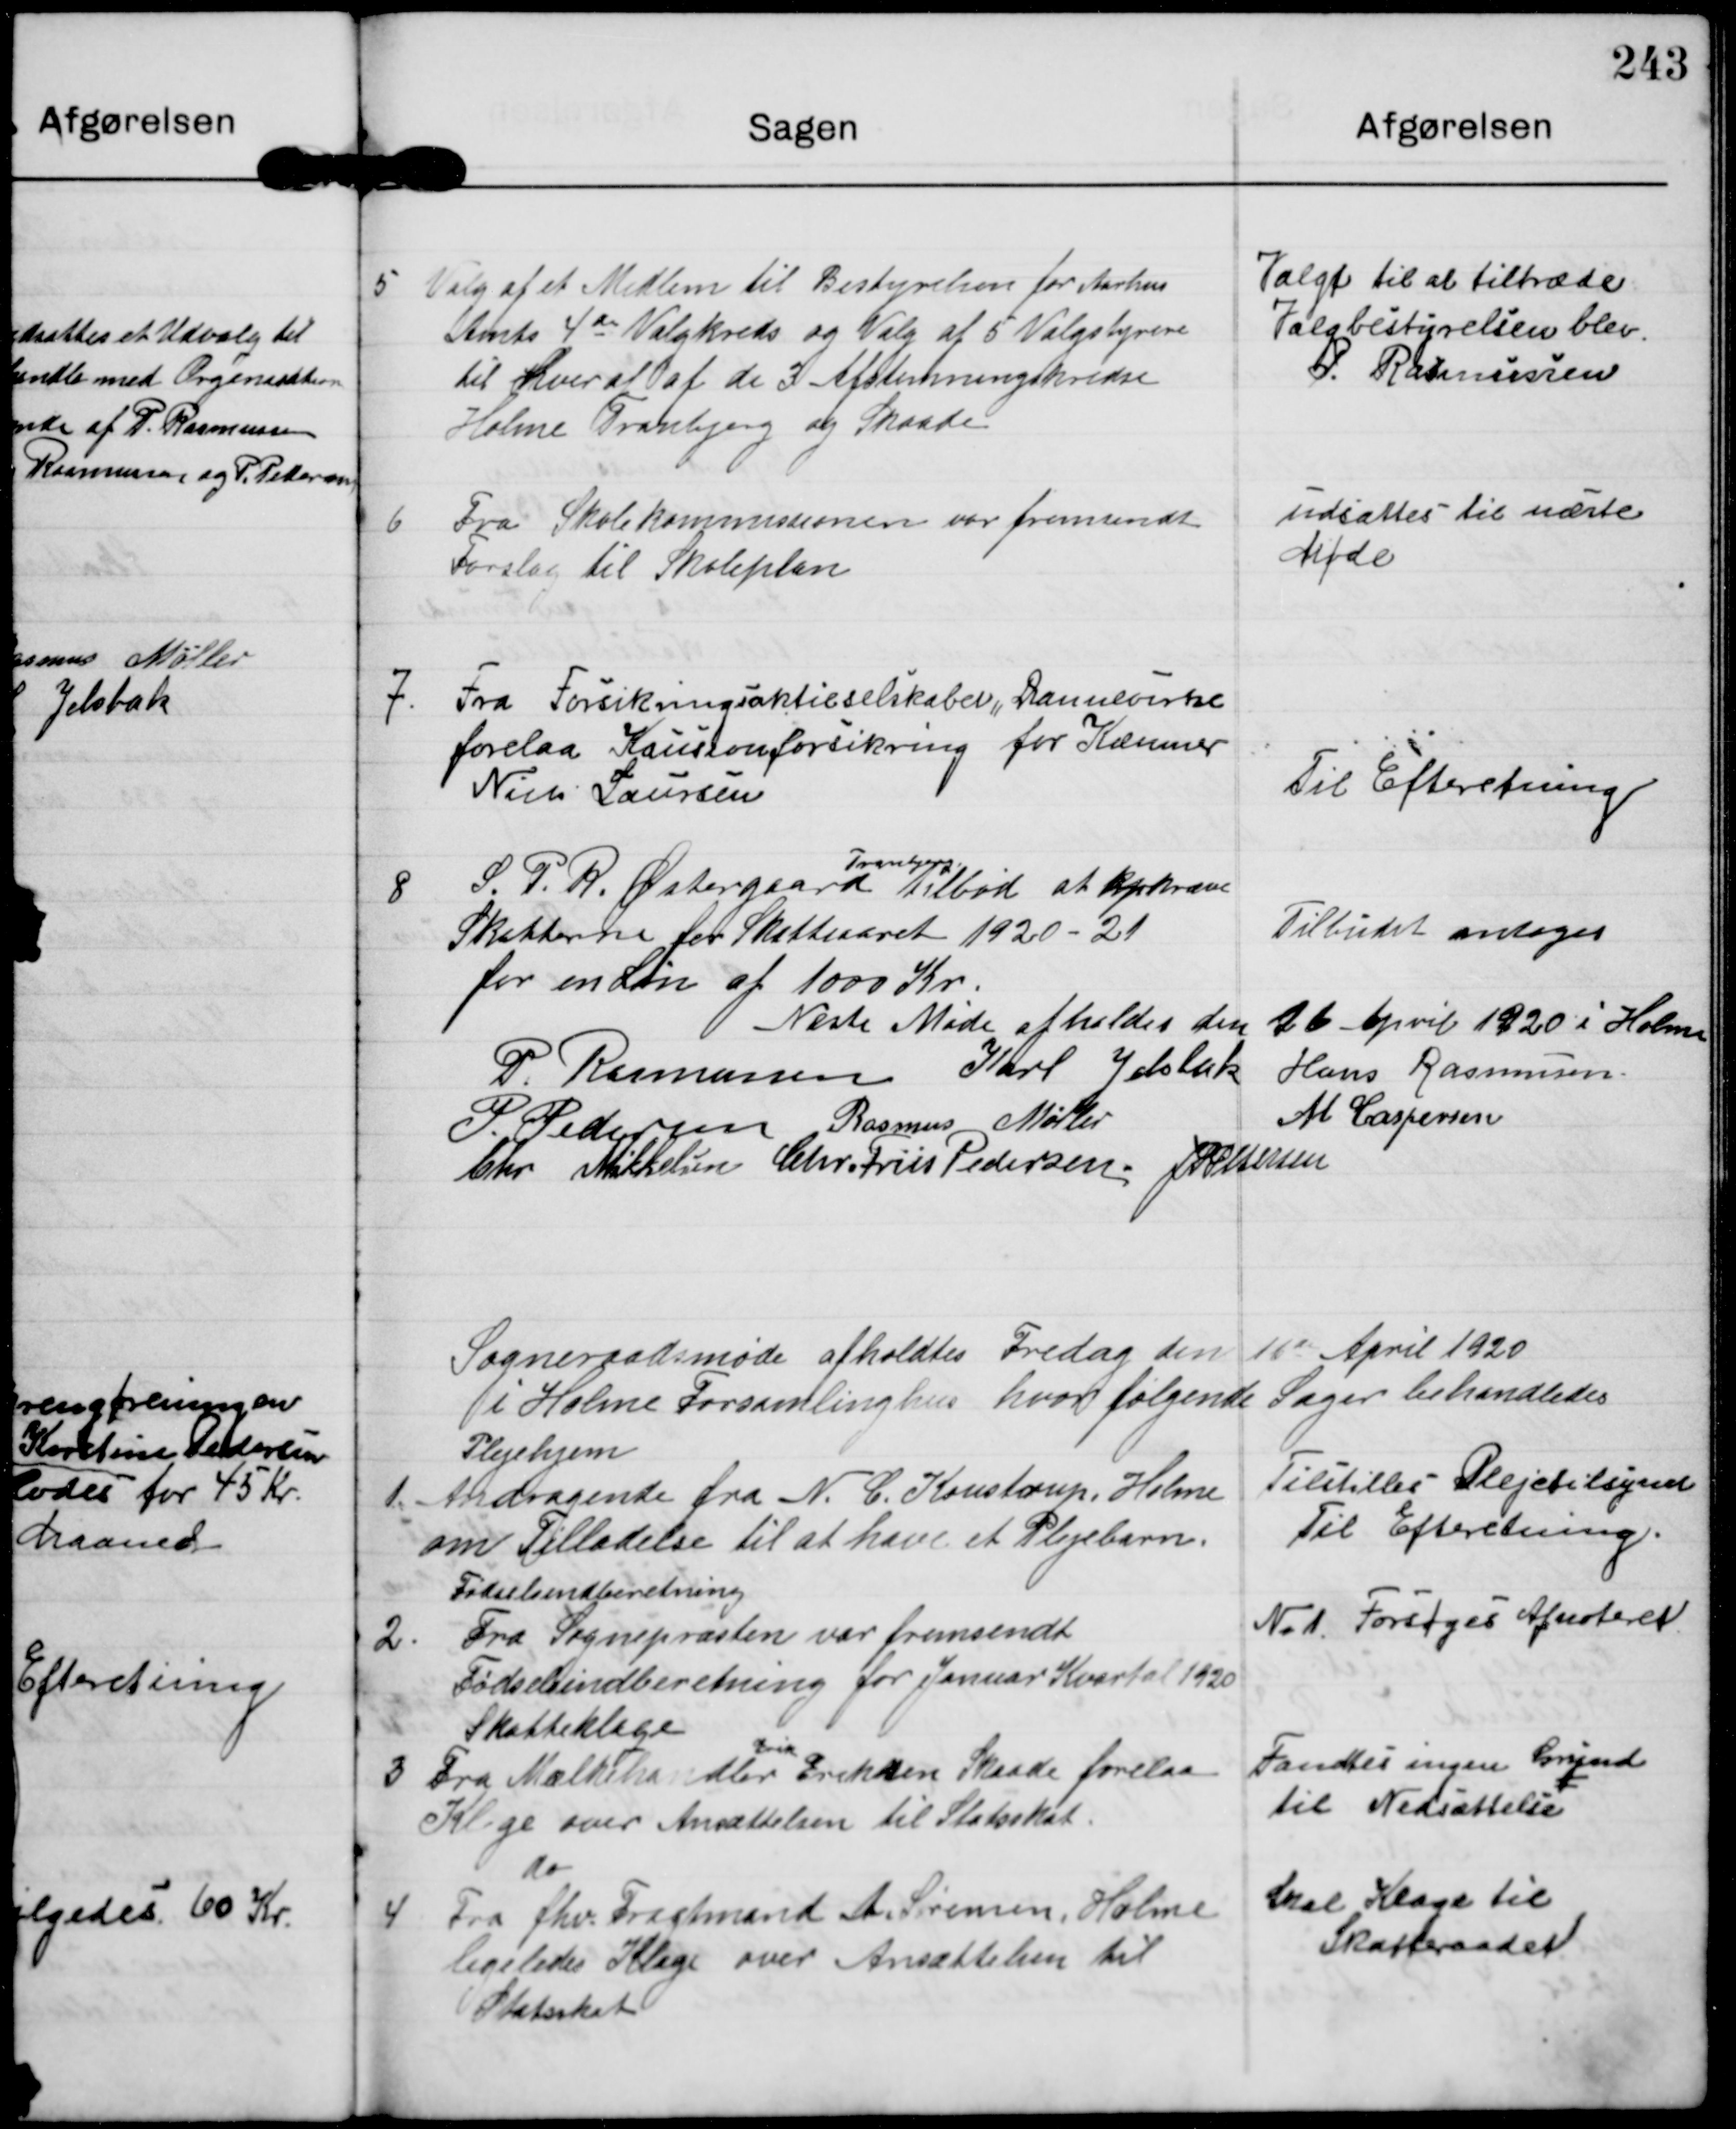
Transskription:
5

Valg af et Medlem til Bestyrelsen for Aarhus
Amts 4de Valgkreds og Valg af 5 Valgstyrere
til hver af af de 3 Afstemningskredse
Holme Tranbjerg og Skaade

Valgt til at tiltræde
Valgbestyrelsen blev
P. Rasmussen

6

Fra Skolekommissionen var fremsendt
Forslag til Skoleplan

udsattes til næste
Møde

7.

Fra Forsikringsaktieselskabet „Dannevirke
forelaa Kautionforsikring for Kæmner
Niels Laursen

Til Efteretning

8

S. P. R. Østergaard
Tranbjerg
tilbød at opkræve
Skatterne til Skatteaaret 1920-21
for en Løn af 1000 Kr.

Tilbudet antages

Næste Møde afholdes den 26 April 1920 i Holme

P Rasmussen Karl Jelsbak Hans Rasmussen
P. Pedersen Rasmus Møller
M Caspersen
Chr Mikkelsen Chr. Friis Pedersen J P Pedersen

Sogneraadsmøde afholdtes Fredag den 16de April 1920
i Holme Forsamlinghus hvor følgende Sager behandledes

1.

Plejehjem
Andragende fra N C. Koustrup Holme
om Tilladelse til at have et Plejebarn.

Tilstilles Plejetilsynet
Til Efteretning.

2.

Fødselsindberetning
Fra Sognepræsten var fremsendt
Fødselsindberetning for Januar Kvartal 1920

No 1 Forsøges Afnoteret.

3

Skatteklage
Fra Mælkehandler
Erik
Eriksen Skaade forelaa
Klage over Ansættelsen til Statsskat.

Fandtes ingen Grund
til Nedsættelse

4

do
Fra fhv. Fragtmand A. Sørensen, Holme
ligeledes Klage over Ansættelsen til
Statsskat

Skal Klage til
Skatteraadet